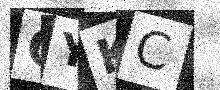
Text: QYKC